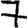
Digit: 7